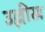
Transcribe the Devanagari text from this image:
उल्लीख